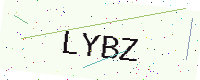
Text: LYBZ